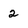
Character: 2